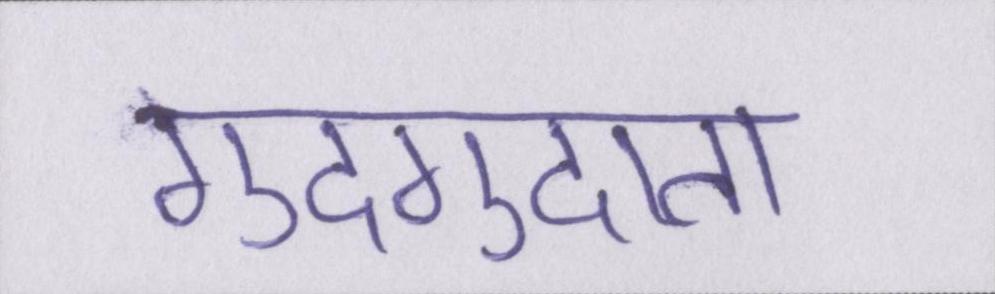
गुदगुदाता